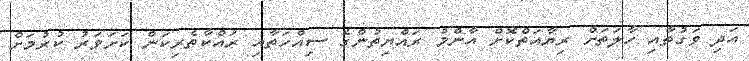
އަދި ވަގުތާއި ހާލަތަށް ރިޔާއަތްކޮށް އާންމު ރައްޔިތުންގެ ސިއްހަތާއި ރައްކާތެރިކަން ކަށަވަރު ކުރުމަށް